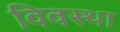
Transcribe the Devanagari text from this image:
विवस्था